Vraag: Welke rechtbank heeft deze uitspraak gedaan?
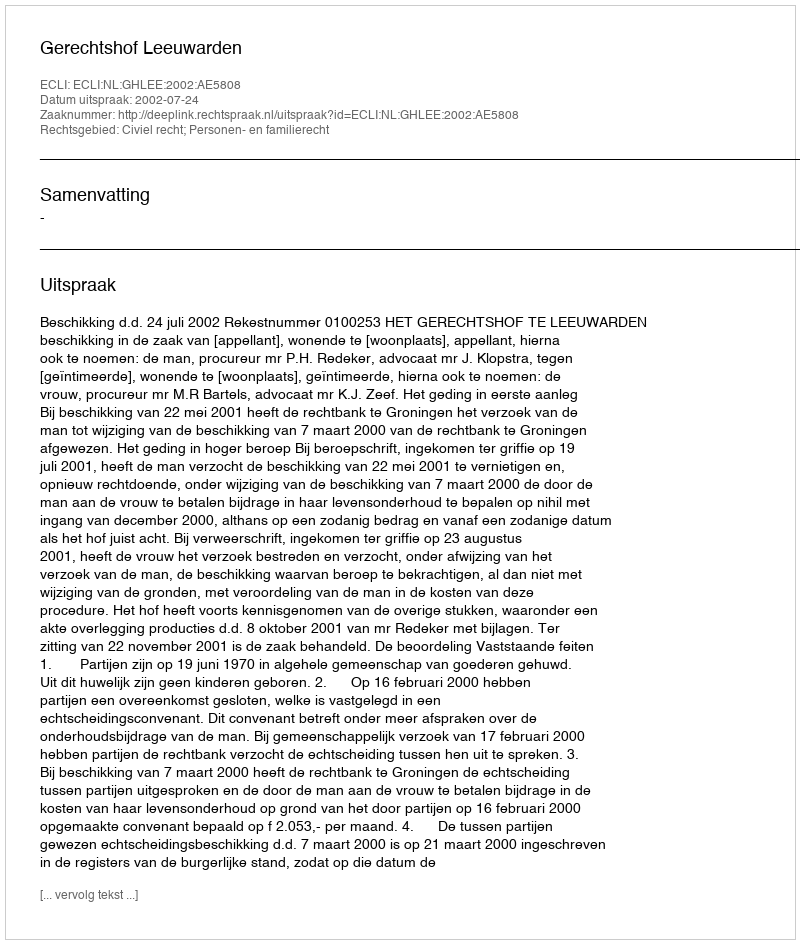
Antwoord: Gerechtshof Leeuwarden